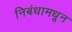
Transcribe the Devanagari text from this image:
निबंधामधून